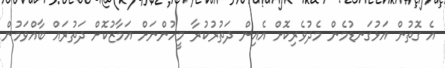
އެ ގޮތުން އަޅުގަނޑުމެން މެދުވެރިކޮށް އެއިން ދަތުރުކުރާ މީހުންނަށް އަމާޒުކޮށް ދަތުރައް ބާއްވަމުން